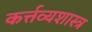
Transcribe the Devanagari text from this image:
कर्त्तव्यशास्त्र